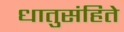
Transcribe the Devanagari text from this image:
धातुसंहिते